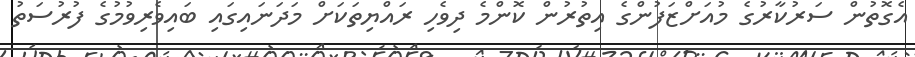
އެގޮތުން ސަރުކާރުގެ މުއަށްޒަފުންގެ އިތުރުން ކޮންމެ ދިވެހި ރައްޔިތަކަށް މަދަނައިގައި ބައިވެރިވުމުގެ ފުރުސަތު